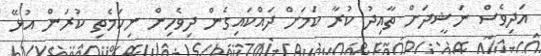
އަދިވެސް ނަޝީދަށް ތާއިދު ކުރާ ކަމަށް ދައްކައިގެން ދިވެހިން ނިކަމެތި ކުރަން އުޅޭ